system: You are a helpful assistant.
user:
Analyze the provided spectrum to determine if it is a **S-type Star**.

- **Key Indicators for S-type Star:**

    - **(Overall Spectrum Shape):** The first and most obvious characteristic is the overall continuum (the "baseline" shape). It is **extremely "red-sloping,"** meaning the flux (light intensity) is very low on the left side (blue, ~4000-4500 Å) and rises steeply and continuously toward the right side (red, ~7000 Å+).

    - **(Primary):** The spectrum is defined by the presence of strong, broad molecular absorption "valleys" (bands) from **Zirconium Oxide (ZrO)**. The identification of these bands is the **primary requirement** for classifying a star as S-type.
        - **(Key Bandheads):** You must find distinct, deep "dips" where the light has been absorbed. The most critical band systems to locate are:
            - **~6474 Å** ($\gamma$-system): This is often the strongest and clearest ZrO feature, found in the red part of the spectrum.
            - **~5718 Å** & **~5551 Å** ($\beta$-system): A pair of prominent absorption features in the yellow-orange part of the spectrum.
            - **~4640 Å** ($\alpha$-system): A key absorption band system in the blue-green region of the spectrum.

    - **(Secondary Confirmation):** The classification is strengthened by finding additional absorption bands from other related heavy element oxides, which are expected to be present alongside ZrO.
        - **(Key Bandheads):**
            - **Yttrium Oxide (YO):** Look for absorption dips near **~4800 Å** and **~6100 Å**.
            - **Lanthanum Oxide (LaO):** Additional absorption features, particularly in the red-orange part of the spectrum, are also characteristic.

    - **(Line Profile):** The combination of the steep red continuum and these numerous, deep molecular bands (ZrO, YO, etc.) gives the entire spectrum a very **"chopped-up"** or **"bumpy"** appearance. Instead of a smooth curve, the spectrum looks as though large, wide chunks of light have been "carved out" of it at the specific wavelengths listed above.

Think first, call **spectral_visualization_tool** if needed to examine features in detail, then provide your final answer. Your response must adhere to the following strict rules:
1.  **Overall Structure:** Your response must follow the format `<think>...</think> <tool_call>...</tool_call> (if a tool is used) <answer>...</answer>`.
2.  **Tool Usage Constraint:** You may only make **one** tool call per turn.
3.  **Final Answer Format:** In the `<answer>` tag, your conclusion must be inside a `\boxed{}` command (e.g., `\boxed{YES}` or `\boxed{NO}`), followed by your justification.

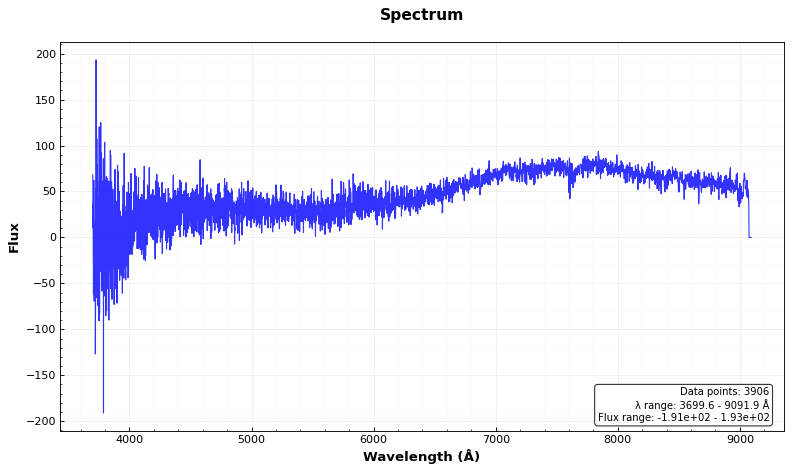
Answer: NO